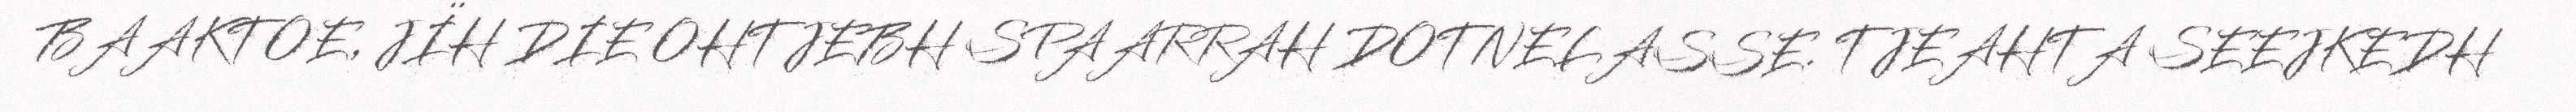
BAAKTOE, JÏH DIE OHTJEBH SPAARRAH DOTNELASSE. TJEAHTA SEEJKEDH